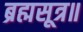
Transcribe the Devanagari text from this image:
ब्रह्मसूत्र॥